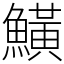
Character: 鱑